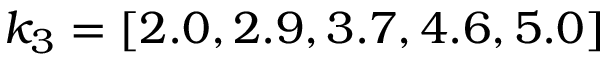
k _ { 3 } = [ 2 . 0 , 2 . 9 , 3 . 7 , 4 . 6 , 5 . 0 ]